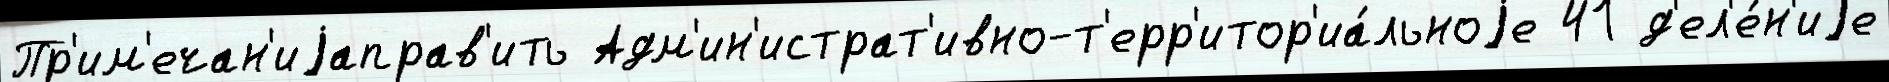
Пр'им'ечан'иjаправ'ить Адм'ин'истрат'ивно-т'ерр'итор'иа́льноjе 41 д'ел'е́н'иjе